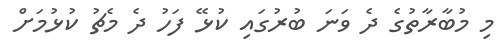
މި މުބާރާތުގެ ދެ ވަނަ ބުރުގައި ކުޅޭ ފަހު ދެ މެޗު ކުޅުމަށް